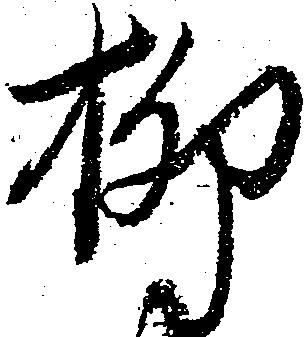
柳